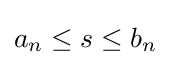
a_{n}\leq s\leq b_{n}